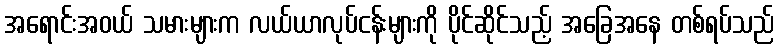
အရောင်းအဝယ် သမားများက လယ်ယာလုပ်ငန်းများကို ပိုင်ဆိုင်သည့် အခြေအနေ တစ်ရပ်သည်